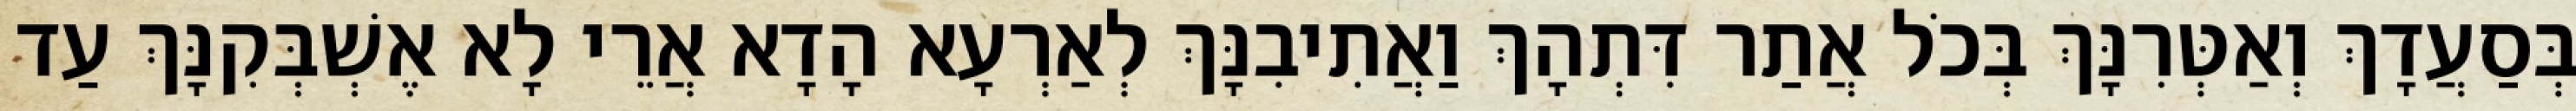
בְּסַעֲדָךְ וְאַטְּרִנָּךְ בְּכֹל אֲתַר דִּתְהָךְ וַאֲתִיבִנָּךְ לְאַרְעָא הָדָא אֲרֵי לָא אֶשְׁבְּקִנָּךְ עַד